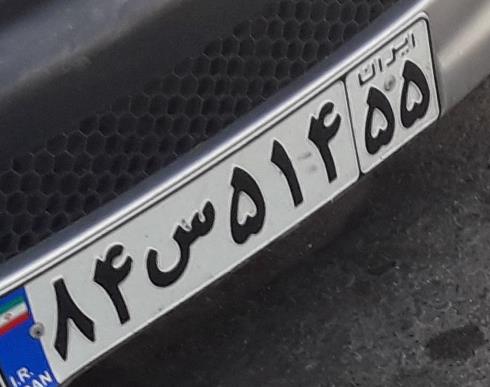
۸۴س۵۱۴۵۵